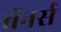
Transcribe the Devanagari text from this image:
बॅनर्स